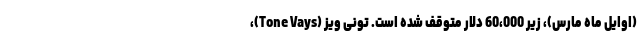
(اوایل ماه مارس)، زیر 60،000 دلار متوقف شده است. تونی ویز (Tone Vays)،